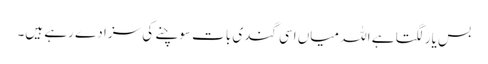
بس یار لگتا ہے اللہ میاں اسی گندی بات سوچنے کی سزا دے رہے ہیں۔